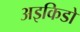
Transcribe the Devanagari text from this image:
अइकिडो